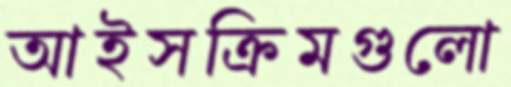
আইসক্রিমগুলো